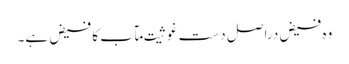
وہ فیض دراصل دستِ غوثیتِ مآب کا فیض ہے۔